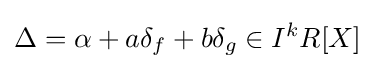
\Delta =\alpha +a\delta _{f}+b\delta _{g}\in I^{k}R[X]